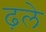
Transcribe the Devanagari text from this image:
ढ़ले